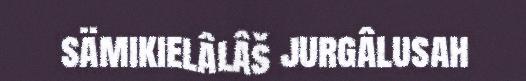
sämikielâlâš jurgâlusah